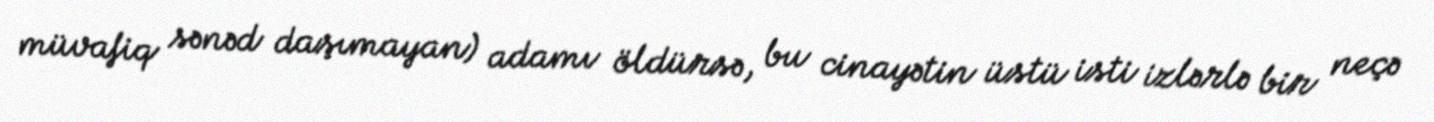
müvafiq sənəd daşımayan) adamı öldürsə, bu cinayətin üstü isti izlərlə bir neçə